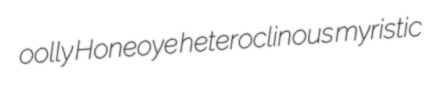
oolly Honeoye heteroclinous myristic